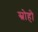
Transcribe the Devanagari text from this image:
स्नोहो